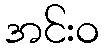
အင်းဝ